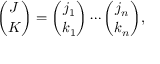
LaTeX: { \binom { J } { K } } = { \binom { j _ { 1 } } { k _ { 1 } } } \cdots { \binom { j _ { n } } { k _ { n } } } ,